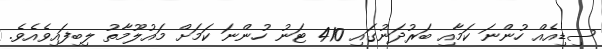
ސިޑިއެއް ހުންނަ ކަމާއި ބަރުދަނުގައި 410 ޓަނު ހުންނަ ކަމަށް މައުލޫމާތު ލިބިފައިވެއެވެ.